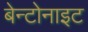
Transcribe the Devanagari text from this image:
बेन्टोनाइट